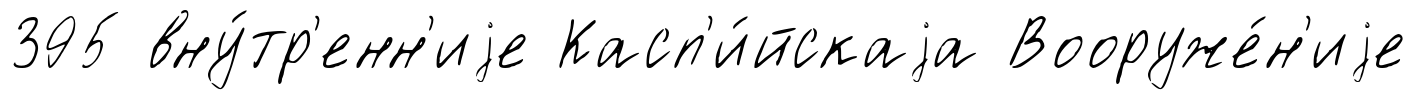
395 вну́тр'енн'иjе Касп'и́йскаjа Вооруже́н'иjе